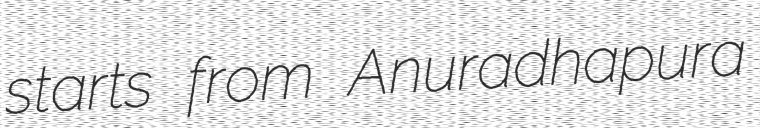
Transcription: starts from Anuradhapura